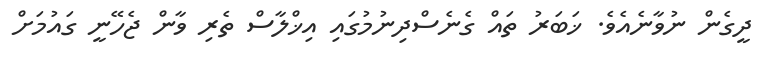
ދީގެން ނުވާނެއެވެ. ޚަބަރު ތައް ގެނެސްދިނުމުގައި އިޚްލާސް ތެރި ވާން ޖެހޭނީ ގައުމަށް